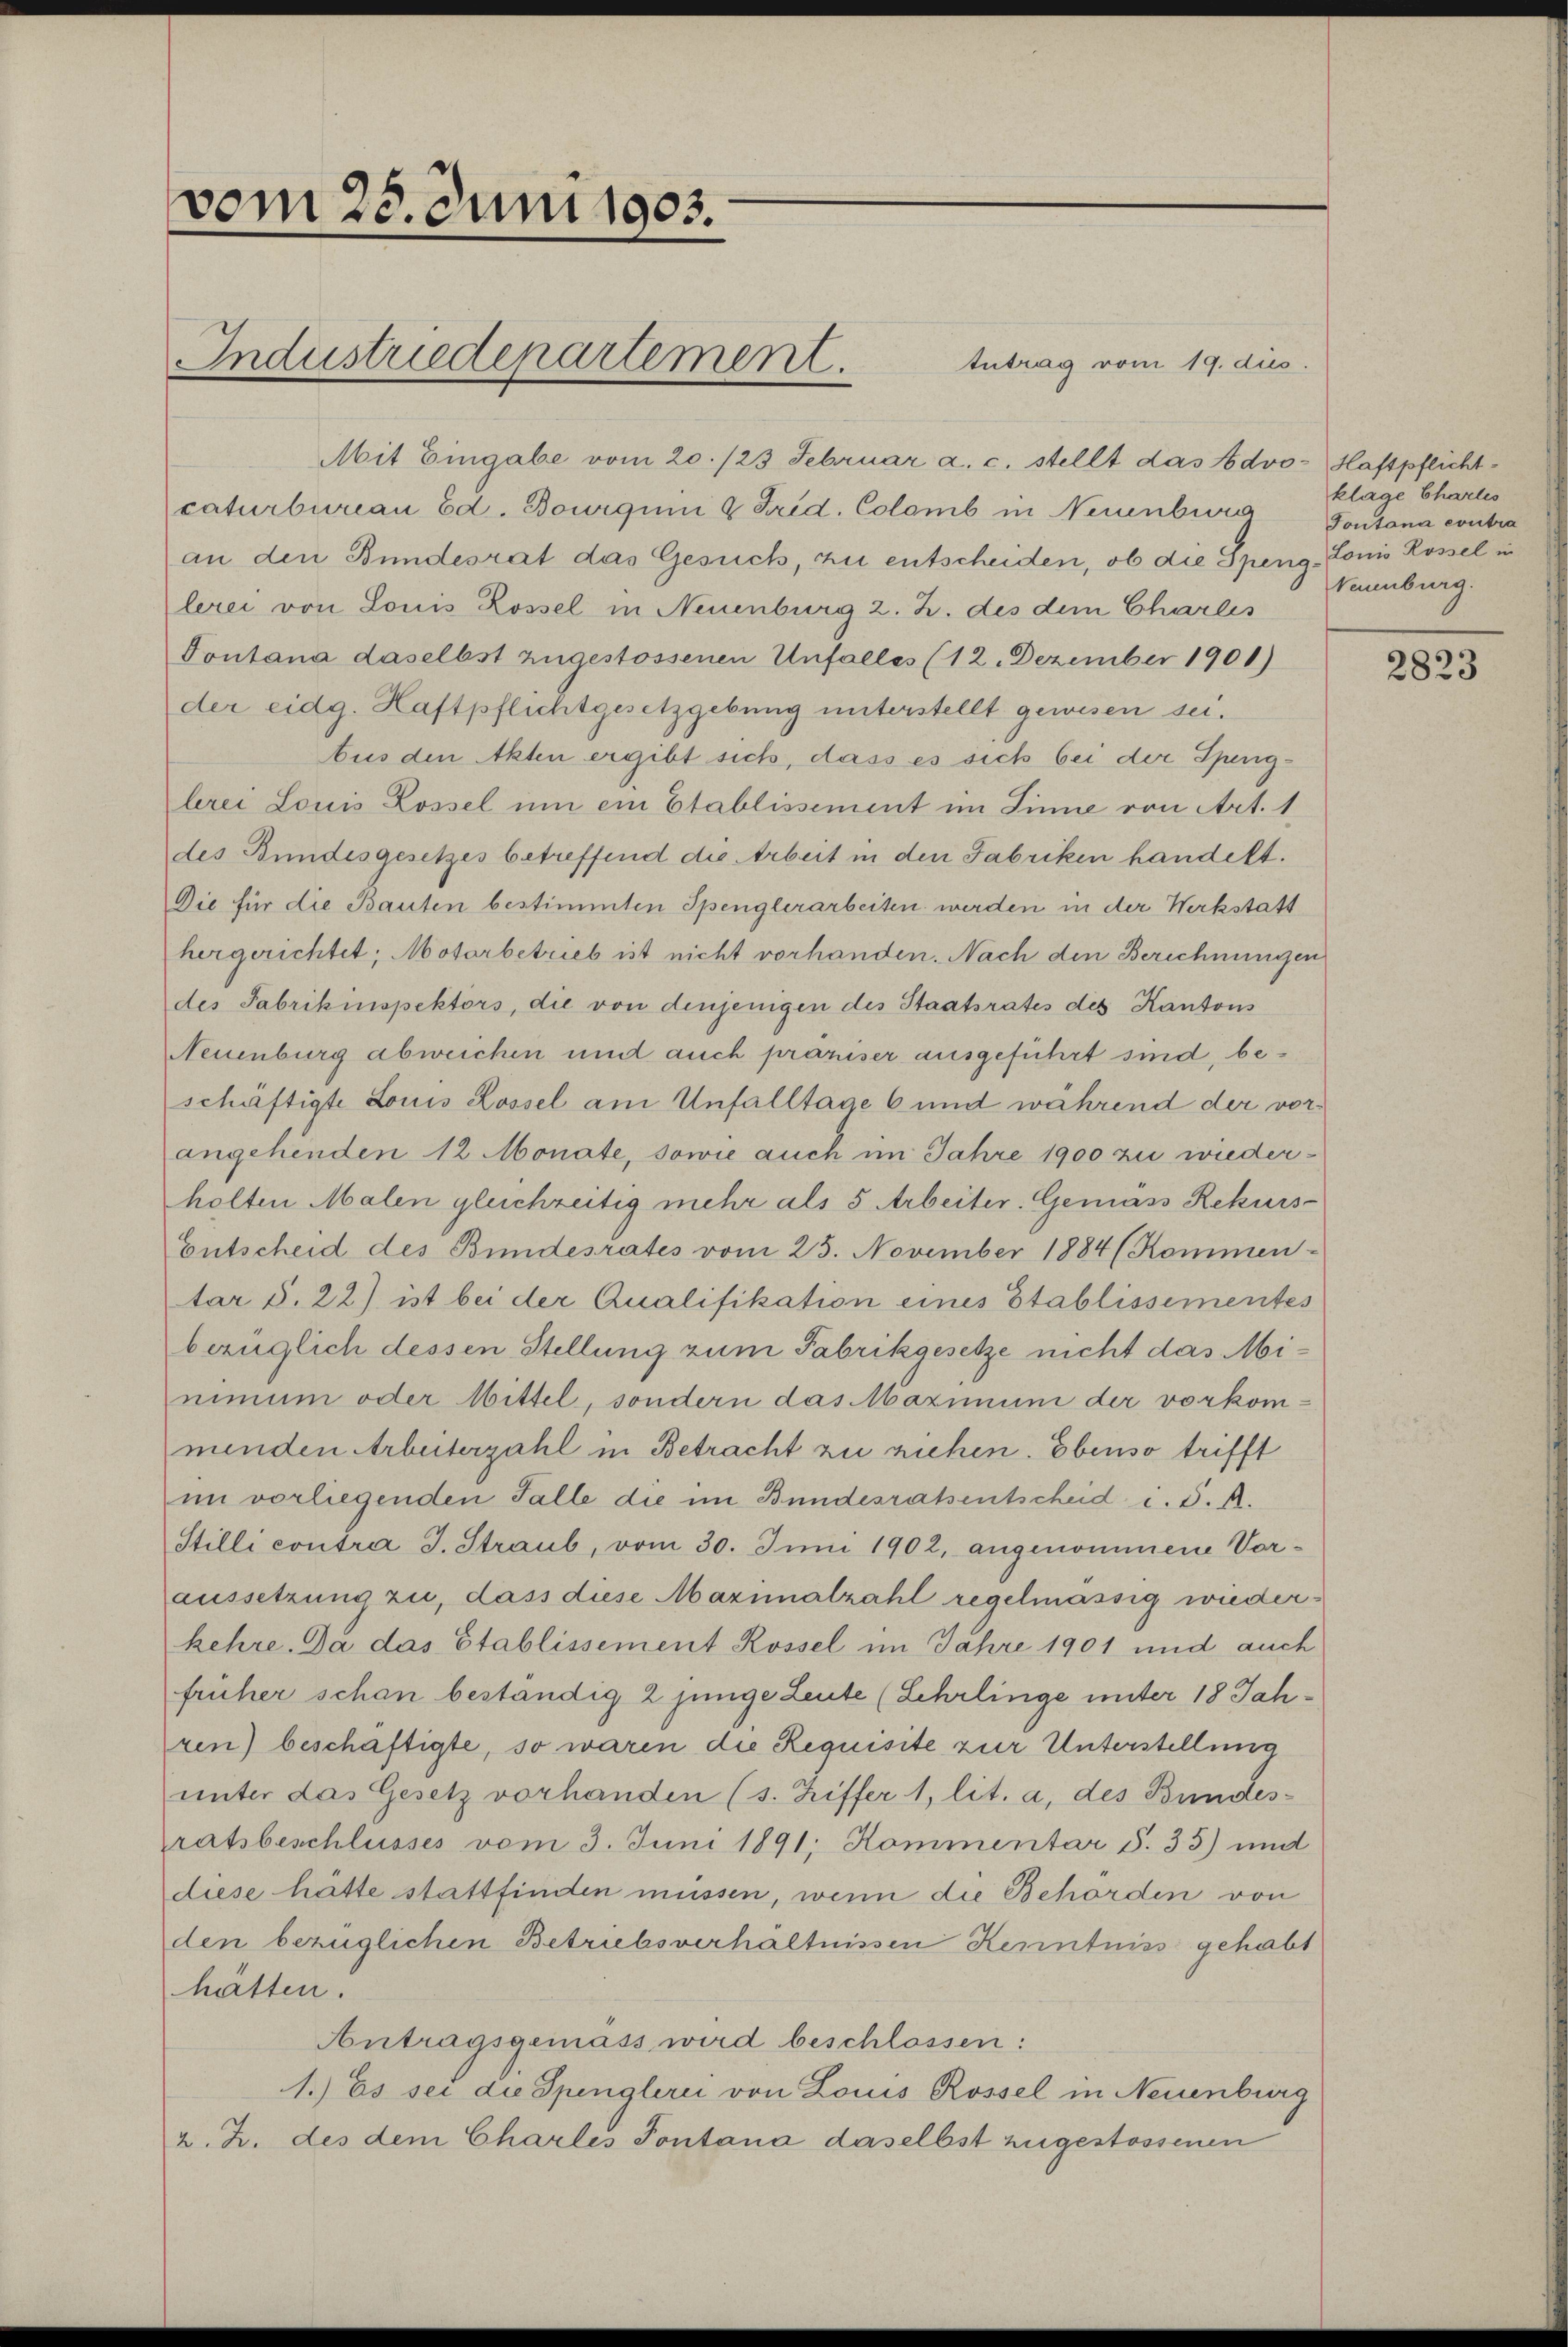
vom 25. Juni 1903.

tutrag vom 19. dus.
Mit Eingabe vom 20./23 Februar a. c. stellt das Advo- Haftpflichtcaturbureau Ed. Bourgum & Frid. Colomb in Neuenburg Sontana contra
an den Bundesrat das Gesuch, zu entscheiden, ob die Speng-Lonis Rossel in
lerei von Louis Rossel in Neuenburg 2. Z. des dem Charles
Pontana daselbst zugestossenen Unfalles (12. Dezember 1901)
der eidg. Haftpflichtgesetzgebung unterstellt gewesen sei.
Aus den Akten ergibt sich, dass es sich bei der Spengberei Louis Lossel um ein Etablissement im Sinne von Art. 1
des Bundesgesetzes betreffend die Arbeit in den Fabriken handelt.
Die für die Bauten bestimmten Spenglerarbeiten werden in der Werkstatt
hergerichtet, Motorbetrieb ist nicht vorhanden. Nach den Berechnungen
des Fabrikinspektors, die von denjenigen des Staatsrates des Kantons
Neuenburg abweichen und auch praniser ausgeführt sind, beschäftigte Louis Lossel am Unfalltage 6 und während der vorangehenden 12 Monate, sowie auch im Jahre 1900 zu wiederholten Malen gleichzeitig mehr als 5 Arbeiter. Gemäss Rekurs-
Entscheid des Bundesrates vom 25. November 1884 (Kommen-
tar d. 22) ist bei der Qualifikation eines Etablissementes
bezüglich dessen Stellung zum Fabrikgesetze nicht das Minimum oder Mittel, sondern das Maximum der vorkommenden Arbeiterzahl in Betracht zu ziehen. Ebenso trifft
im vorliegenden Falle die im Bundesratsentscheid i. S. A.
Stilli contra J. Straub, vom 30. Juni 1902, angenommene Voraussetzung zu, dass diese Maximalzahl regelmässig wiederkehre. Da das Etablissement Rossel im Jahre 1901 und auch
früher schon beständig 2 junge Leute (Lehrlinge unter 18 Jahren) beschäftigte, so waren die Requisite zur Unterstellung
unter das Gesetz vorhanden (s. Riffer 1, lit. a, des Bundes-
ratsbeschlusses vom 3. Juni 1891; Kommentar S. 35) und
diese hätte stattfinden müssen, wenn die Behörden von
den bezüglichen Betriebsverhältnissen Kenntniss gehabt
hätten.
Antragsgemäss wird beschlossen:
1.) Es sei die Spenglerii von Louis Rossel in Neuenburg
2. Z. des dem Charles Fontana daselbst zugestossenen

Industriedepartement.

klage Charles
Neuenburg.

2823